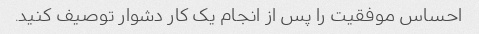
احساس موفقیت را پس از انجام یک کار دشوار توصیف کنید.